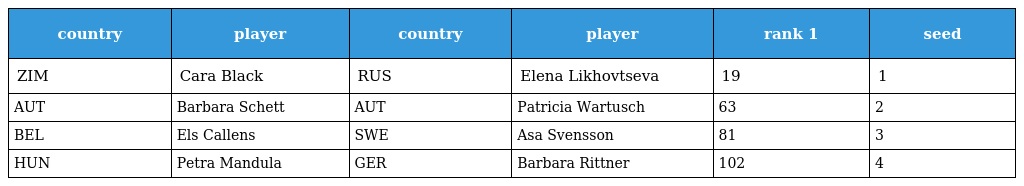
| country | player | country | player | rank 1 | seed |
 | --- | --- | --- | --- | --- | --- |
 | ZIM | Cara Black | RUS | Elena Likhovtseva | 19 | 1 |
 | AUT | Barbara Schett | AUT | Patricia Wartusch | 63 | 2 |
 | BEL | Els Callens | SWE | Asa Svensson | 81 | 3 |
 | HUN | Petra Mandula | GER | Barbara Rittner | 102 | 4 |